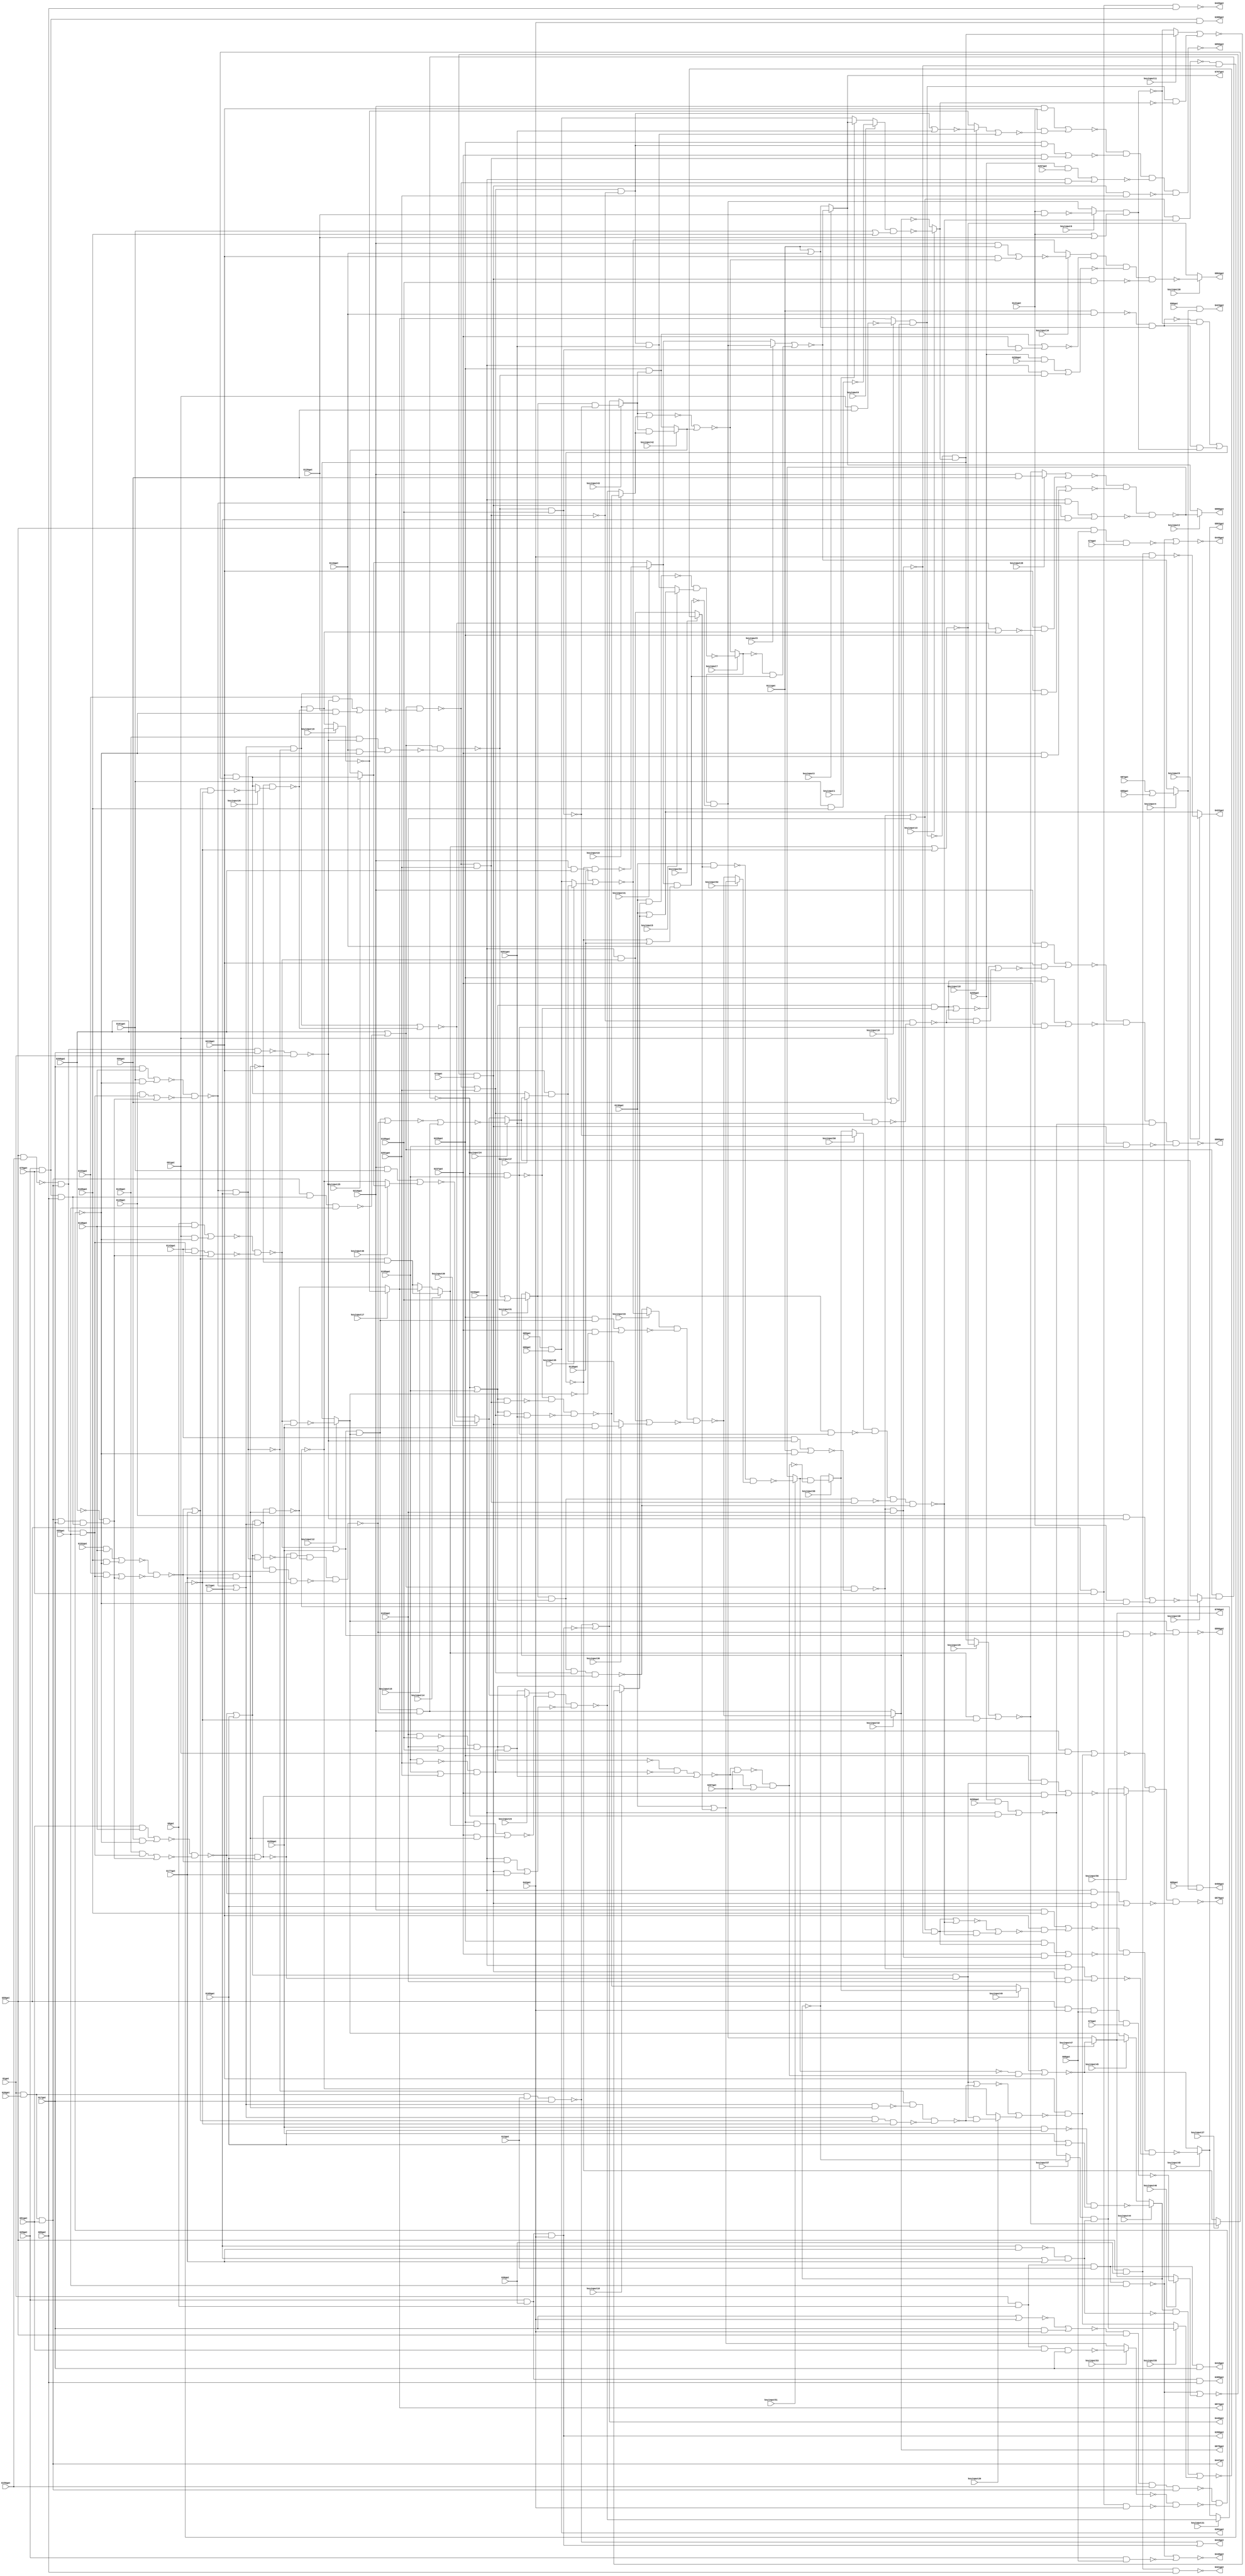
// This program was cloned from: https://github.com/matthewdelorenzo/CreativEval
// License: BSD 3-Clause "New" or "Revised" License

// Verilog File 
module top (G1gat,G8gat,G13gat,G17gat,G26gat,G29gat,G36gat,G42gat,G51gat,
G55gat,G59gat,G68gat,G72gat,G73gat,G74gat,G75gat,G80gat,G85gat,G86gat,
G87gat,G88gat,G89gat,G90gat,G91gat,G96gat,G101gat,G106gat,G111gat,G116gat,
G121gat,G126gat,G130gat,G135gat,G138gat,G143gat,G146gat,G149gat,G152gat,G153gat,
G156gat,G159gat,G165gat,G171gat,G177gat,G183gat,G189gat,G195gat,G201gat,G207gat,
G210gat,G219gat,G228gat,G237gat,G246gat,G255gat,G259gat,G260gat,G261gat,G267gat,
G268gat,G388gat,G389gat,G390gat,G391gat,G418gat,G419gat,G420gat,G421gat,G422gat,
G423gat,G446gat,G447gat,G448gat,G449gat,G450gat,G767gat,G768gat,G850gat,G863gat,
G864gat,G865gat,G866gat,G874gat,G878gat,G879gat,G880gat,keyinput0,keyinput1,keyinput2,
keyinput3,keyinput4,keyinput5,keyinput6,keyinput7,keyinput8,keyinput9,keyinput10,keyinput11,keyinput12,
keyinput13,keyinput14,keyinput15,keyinput16,keyinput17,keyinput18,keyinput19,keyinput20,keyinput21,keyinput22,
keyinput23,keyinput24,keyinput25,keyinput26,keyinput27,keyinput28,keyinput29,keyinput30,keyinput31,keyinput32,
keyinput33,keyinput34,keyinput35,keyinput36,keyinput37,keyinput38,keyinput39,keyinput40,keyinput41,keyinput42,
keyinput43,keyinput44,keyinput45,keyinput46,keyinput47,keyinput48,keyinput49,keyinput50,keyinput51,keyinput52,
keyinput53,keyinput54,keyinput55,keyinput56,keyinput57,keyinput58);

input G1gat,G8gat,G13gat,G17gat,G26gat,G29gat,G36gat,G42gat,G51gat,
G55gat,G59gat,G68gat,G72gat,G73gat,G74gat,G75gat,G80gat,G85gat,G86gat,
G87gat,G88gat,G89gat,G90gat,G91gat,G96gat,G101gat,G106gat,G111gat,G116gat,
G121gat,G126gat,G130gat,G135gat,G138gat,G143gat,G146gat,G149gat,G152gat,G153gat,
G156gat,G159gat,G165gat,G171gat,G177gat,G183gat,G189gat,G195gat,G201gat,G207gat,
G210gat,G219gat,G228gat,G237gat,G246gat,G255gat,G259gat,G260gat,G261gat,G267gat,
G268gat,keyinput0,keyinput1,keyinput2,keyinput3,keyinput4,keyinput5,keyinput6,keyinput7,keyinput8,
keyinput9,keyinput10,keyinput11,keyinput12,keyinput13,keyinput14,keyinput15,keyinput16,keyinput17,keyinput18,
keyinput19,keyinput20,keyinput21,keyinput22,keyinput23,keyinput24,keyinput25,keyinput26,keyinput27,keyinput28,
keyinput29,keyinput30,keyinput31,keyinput32,keyinput33,keyinput34,keyinput35,keyinput36,keyinput37,keyinput38,
keyinput39,keyinput40,keyinput41,keyinput42,keyinput43,keyinput44,keyinput45,keyinput46,keyinput47,keyinput48,
keyinput49,keyinput50,keyinput51,keyinput52,keyinput53,keyinput54,keyinput55,keyinput56,keyinput57,keyinput58;

output G388gat,G389gat,G390gat,G391gat,G418gat,G419gat,G420gat,G421gat,G422gat,
G423gat,G446gat,G447gat,G448gat,G449gat,G450gat,G767gat,G768gat,G850gat,G863gat,
G864gat,G865gat,G866gat,G874gat,G878gat,G879gat,G880gat;

wire G269gat,G270gat,G273gat,G276gat,G279gat,G280gat,G284gat,G285gat,G286gat,
G287gat,G290gat,G291gat,G292gat,G293gat,G294gat,G295gat,G296gat,G297gat,G298gat,
G301gat,G302gat,G303gat,G304gat,G305gat,G306gat,G307gat,G308gat,G309gat,G310gat,
G316gat,G317gat,G318gat,G319gat,G322gat,G323gat,G324gat,G325gat,G326gat,G327gat,
G328gat,G329gat,G330gat,G331gat,G332gat,G333gat,G334gat,G335gat,G336gat,G337gat,
G338gat,G339gat,G340gat,G341gat,G342gat,G343gat,G344gat,G345gat,G346gat,G347gat,
G348gat,G349gat,G350gat,G351gat,G352gat,G353gat,G354gat,G355gat,G356gat,G357gat,
G360gat,G363gat,G366gat,G369gat,G375gat,G376gat,G379gat,G382gat,G385gat,G392gat,
G393gat,G399gat,G400gat,G401gat,G402gat,G403gat,G404gat,G405gat,G406gat,G407gat,
G408gat,G409gat,G410gat,G411gat,G412gat,G413gat,G414gat,G415gat,G416gat,G417gat,
G424gat,G425gat,G426gat,G427gat,G432gat,G437gat,G442gat,G443gat,G444gat,G445gat,
G451gat,G460gat,G463gat,G466gat,G475gat,G476gat,G477gat,G478gat,G479gat,G480gat,
G481gat,G482gat,G483gat,G488gat,G489gat,G490gat,G491gat,G492gat,G495gat,G498gat,
G499gat,G500gat,G501gat,G502gat,G503gat,G504gat,G505gat,G506gat,G507gat,G508gat,
G509gat,G510gat,G511gat,G512gat,G513gat,G514gat,G515gat,G516gat,G517gat,G518gat,
G519gat,G520gat,G521gat,G522gat,G523gat,G524gat,G525gat,G526gat,G527gat,G528gat,
G529gat,G530gat,G533gat,G536gat,G537gat,G538gat,G539gat,G540gat,G541gat,G542gat,
G543gat,G544gat,G547gat,G550gat,G551gat,G552gat,G553gat,G557gat,G561gat,G565gat,
G569gat,G573gat,G577gat,G581gat,G585gat,G586gat,G587gat,G588gat,G589gat,G590gat,
G593gat,G596gat,G597gat,G600gat,G605gat,G606gat,G609gat,G615gat,G616gat,G619gat,
G624gat,G625gat,G628gat,G631gat,G632gat,G635gat,G640gat,G641gat,G644gat,G650gat,
G651gat,G654gat,G659gat,G660gat,G661gat,G662gat,G665gat,G669gat,G670gat,G673gat,
G677gat,G678gat,G682gat,G686gat,G687gat,G692gat,G696gat,G697gat,G700gat,G704gat,
G705gat,G708gat,G712gat,G713gat,G717gat,G721gat,G722gat,G727gat,G731gat,G732gat,
G733gat,G734gat,G735gat,G736gat,G737gat,G738gat,G739gat,G740gat,G741gat,G742gat,
G743gat,G744gat,G745gat,G746gat,G747gat,G748gat,G749gat,G750gat,G751gat,G752gat,
G753gat,G754gat,G755gat,G756gat,G757gat,G758gat,G759gat,G760gat,G761gat,G762gat,
G763gat,G764gat,G765gat,G766gat,G769gat,G770gat,G771gat,G772gat,G773gat,G777gat,
G778gat,G781gat,G782gat,G785gat,G786gat,G787gat,G788gat,G789gat,G790gat,G791gat,
G792gat,G793gat,G794gat,G795gat,G796gat,G802gat,G803gat,G804gat,G805gat,G806gat,
G807gat,G808gat,G809gat,G810gat,G811gat,G812gat,G813gat,G814gat,G815gat,G819gat,
G822gat,G825gat,G826gat,G827gat,G828gat,G829gat,G830gat,G831gat,G832gat,G833gat,
G834gat,G835gat,G836gat,G837gat,G838gat,G839gat,G840gat,G841gat,G842gat,G843gat,
G844gat,G845gat,G846gat,G847gat,G848gat,G849gat,G851gat,G852gat,G853gat,G854gat,
G855gat,G856gat,G857gat,G858gat,G859gat,G860gat,G861gat,G862gat,G867gat,G868gat,
G869gat,G870gat,G871gat,G872gat,G873gat,G875gat,G876gat,G877gat,muxed0,muxed1,
muxed2,muxed3,muxed4,muxed5,muxed6,muxed7,muxed8,muxed9,muxed10,muxed11,
muxed12,muxed13,muxed14,muxed15,muxed16,muxed17,muxed18,muxed19,muxed20,muxed21,
muxed22,muxed23,muxed24,muxed25,muxed26,muxed27,muxed28,muxed29,muxed30,muxed31,
muxed32,muxed33,muxed34,muxed35,muxed36,muxed37,muxed38,muxed39,muxed40,muxed41,
muxed42,muxed43,muxed44,muxed45,muxed46,muxed47,muxed48,muxed49,muxed50,muxed51,
muxed52,muxed53,muxed54,muxed55,muxed56,muxed57,muxed58;
nand gate_0(G269gat,G1gat,G8gat,G13gat,G17gat);
nand gate_1(G270gat,G1gat,G26gat,G13gat,G17gat);
and gate_2(G273gat,G29gat,G36gat,G42gat);
and gate_3(G276gat,G1gat,G26gat,G51gat);
nand gate_4(G279gat,G1gat,G8gat,G51gat,G17gat);
nand gate_5(G280gat,G1gat,G8gat,G13gat,G55gat);
nand gate_6(G284gat,G59gat,G42gat,G68gat,G72gat);
nand gate_7(G285gat,G29gat,G68gat);
nand gate_8(G286gat,G59gat,G68gat,G74gat);
and gate_9(G287gat,G29gat,G75gat,G80gat);
and gate_10(G290gat,G29gat,G75gat,G42gat);
and gate_11(G291gat,G29gat,G36gat,G80gat);
and gate_12(G292gat,G29gat,G36gat,G42gat);
and gate_13(G293gat,G59gat,G75gat,G80gat);
and gate_14(G294gat,G59gat,G75gat,G42gat);
and gate_15(G295gat,G59gat,G36gat,G80gat);
and gate_16(G296gat,G59gat,G36gat,G42gat);
and gate_17(G297gat,G85gat,G86gat);
or gate_18(G298gat,G87gat,G88gat);
nand gate_19(G301gat,G91gat,G96gat);
or gate_20(G302gat,G91gat,G96gat);
nand gate_21(G303gat,G101gat,G106gat);
or gate_22(G304gat,G101gat,G106gat);
nand gate_23(G305gat,G111gat,G116gat);
or gate_24(G306gat,G111gat,G116gat);
nand gate_25(G307gat,G121gat,G126gat);
or gate_26(G308gat,G121gat,G126gat);
and gate_27(G309gat,G8gat,G138gat);
not gate_28(G310gat,G268gat);
and gate_29(G316gat,G51gat,G138gat);
and gate_30(G317gat,G17gat,G138gat);
and gate_31(G318gat,G152gat,G138gat);
nand gate_32(G319gat,G59gat,G156gat);
nor gate_33(G322gat,G17gat,G42gat);
and gate_34(G323gat,G17gat,G42gat);
nand gate_35(G324gat,G159gat,G165gat);
or gate_36(G325gat,G159gat,G165gat);
nand gate_37(G326gat,G171gat,G177gat);
or gate_38(G327gat,G171gat,G177gat);
nand gate_39(G328gat,G183gat,G189gat);
or gate_40(G329gat,G183gat,G189gat);
nand gate_41(G330gat,G195gat,G201gat);
or gate_42(G331gat,G195gat,G201gat);
and gate_43(G332gat,G210gat,G91gat);
and gate_44(G333gat,G210gat,G96gat);
and gate_45(G334gat,G210gat,G101gat);
and gate_46(G335gat,G210gat,G106gat);
and gate_47(G336gat,G210gat,G111gat);
and gate_48(G337gat,G255gat,G259gat);
and gate_49(G338gat,G210gat,G116gat);
and gate_50(G339gat,G255gat,G260gat);
and gate_51(G340gat,G210gat,G121gat);
and gate_52(G341gat,G255gat,G267gat);
not gate_53(G342gat,G269gat);
not gate_54(G343gat,G273gat);
or gate_55(G344gat,G270gat,G273gat);
not gate_56(G345gat,G276gat);
not gate_57(G346gat,G276gat);
not gate_58(G347gat,muxed53);
nor gate_59(G348gat,G280gat,muxed46);
or gate_60(G349gat,G280gat,G285gat);
or gate_61(G350gat,G280gat,G286gat);
not gate_62(G351gat,G293gat);
not gate_63(G352gat,G294gat);
not gate_64(G353gat,G295gat);
not gate_65(G354gat,G296gat);
nand gate_66(G355gat,G89gat,muxed4);
and gate_67(G356gat,G90gat,muxed4);
nand gate_68(G357gat,muxed16,G302gat);
nand gate_69(G360gat,muxed0,G304gat);
nand gate_70(G363gat,G305gat,G306gat);
nand gate_71(G366gat,muxed6,G308gat);
not gate_72(G369gat,G310gat);
nor gate_73(G375gat,G322gat,G323gat);
nand gate_74(G376gat,G324gat,G325gat);
nand gate_75(G379gat,G326gat,G327gat);
nand gate_76(G382gat,G328gat,G329gat);
nand gate_77(G385gat,G330gat,G331gat);
buf gate_78(G388gat,G290gat);
buf gate_79(G389gat,G291gat);
buf gate_80(G390gat,G292gat);
buf gate_81(G391gat,G297gat);
or gate_82(G392gat,G270gat,G343gat);
not gate_83(G393gat,G345gat);
not gate_84(G399gat,G346gat);
and gate_85(G400gat,G348gat,G73gat);
not gate_86(G401gat,G349gat);
not gate_87(G402gat,G350gat);
not gate_88(G403gat,G355gat);
not gate_89(G404gat,G357gat);
not gate_90(G405gat,muxed13);
and gate_91(G406gat,G357gat,muxed13);
not gate_92(G407gat,G363gat);
not gate_93(G408gat,G366gat);
and gate_94(G409gat,G363gat,G366gat);
nand gate_95(G410gat,G347gat,G352gat);
not gate_96(G411gat,muxed44);
not gate_97(G412gat,G379gat);
and gate_98(G413gat,muxed44,G379gat);
not gate_99(G414gat,G382gat);
not gate_100(G415gat,G385gat);
and gate_101(G416gat,G382gat,G385gat);
and gate_102(G417gat,G210gat,G369gat);
buf gate_103(G418gat,G342gat);
buf gate_104(G419gat,G344gat);
buf gate_105(G420gat,G351gat);
buf gate_106(G421gat,G353gat);
buf gate_107(G422gat,muxed9);
buf gate_108(G423gat,G356gat);
not gate_109(G424gat,G400gat);
and gate_110(G425gat,G404gat,G405gat);
and gate_111(G426gat,G407gat,G408gat);
and gate_112(G427gat,G319gat,G393gat,G55gat);
and gate_113(G432gat,G393gat,G17gat,G287gat);
nand gate_114(G437gat,G393gat,G287gat,G55gat);
nand gate_115(G442gat,G375gat,G59gat,G156gat,G393gat);
nand gate_116(G443gat,G393gat,G319gat,G17gat);
and gate_117(G444gat,muxed57,G412gat);
and gate_118(G445gat,G414gat,G415gat);
buf gate_119(G446gat,G392gat);
buf gate_120(G447gat,G399gat);
buf gate_121(G448gat,G401gat);
buf gate_122(G449gat,G402gat);
buf gate_123(G450gat,G403gat);
not gate_124(G451gat,G424gat);
nor gate_125(G460gat,muxed11,G425gat);
nor gate_126(G463gat,G409gat,G426gat);
nand gate_127(G466gat,G442gat,G410gat);
and gate_128(G475gat,G143gat,G427gat);
and gate_129(G476gat,G310gat,G432gat);
and gate_130(G477gat,G146gat,G427gat);
and gate_131(G478gat,G310gat,G432gat);
and gate_132(G479gat,G149gat,G427gat);
and gate_133(G480gat,G310gat,G432gat);
and gate_134(G481gat,G153gat,G427gat);
and gate_135(G482gat,G310gat,G432gat);
nand gate_136(G483gat,G443gat,G1gat);
or gate_137(G488gat,G369gat,G437gat);
or gate_138(G489gat,G369gat,G437gat);
or gate_139(G490gat,G369gat,G437gat);
or gate_140(G491gat,G369gat,G437gat);
nor gate_141(G492gat,G413gat,muxed55);
nor gate_142(G495gat,G416gat,G445gat);
nand gate_143(G498gat,G130gat,muxed10);
or gate_144(G499gat,G130gat,muxed10);
nand gate_145(G500gat,G463gat,G135gat);
or gate_146(G501gat,G463gat,G135gat);
and gate_147(G502gat,G91gat,G466gat);
nor gate_148(G503gat,G475gat,G476gat);
and gate_149(G504gat,G96gat,G466gat);
nor gate_150(G505gat,G477gat,G478gat);
and gate_151(G506gat,G101gat,G466gat);
nor gate_152(G507gat,G479gat,G480gat);
and gate_153(G508gat,G106gat,G466gat);
nor gate_154(G509gat,G481gat,G482gat);
and gate_155(G510gat,G143gat,G483gat);
and gate_156(G511gat,G111gat,G466gat);
and gate_157(G512gat,G146gat,G483gat);
and gate_158(G513gat,G116gat,G466gat);
and gate_159(G514gat,G149gat,G483gat);
and gate_160(G515gat,G121gat,G466gat);
and gate_161(G516gat,G153gat,G483gat);
and gate_162(G517gat,G126gat,G466gat);
nand gate_163(G518gat,G130gat,muxed54);
or gate_164(G519gat,G130gat,muxed54);
nand gate_165(G520gat,G495gat,G207gat);
or gate_166(G521gat,G495gat,G207gat);
and gate_167(G522gat,G451gat,G159gat);
and gate_168(G523gat,G451gat,G165gat);
and gate_169(G524gat,G451gat,G171gat);
and gate_170(G525gat,G451gat,G177gat);
and gate_171(G526gat,G451gat,G183gat);
nand gate_172(G527gat,G451gat,G189gat);
nand gate_173(G528gat,G451gat,G195gat);
nand gate_174(G529gat,G451gat,G201gat);
nand gate_175(G530gat,G498gat,muxed8);
nand gate_176(G533gat,muxed41,G501gat);
nor gate_177(G536gat,G309gat,G502gat);
nor gate_178(G537gat,G316gat,G504gat);
nor gate_179(G538gat,G317gat,G506gat);
nor gate_180(G539gat,G318gat,G508gat);
nor gate_181(G540gat,G510gat,G511gat);
nor gate_182(G541gat,G512gat,G513gat);
nor gate_183(G542gat,G514gat,G515gat);
nor gate_184(G543gat,G516gat,G517gat);
nand gate_185(G544gat,G518gat,muxed52);
nand gate_186(G547gat,G520gat,G521gat);
not gate_187(G550gat,muxed7);
not gate_188(G551gat,G533gat);
and gate_189(G552gat,muxed7,G533gat);
nand gate_190(G553gat,G536gat,G503gat);
nand gate_191(G557gat,G537gat,G505gat);
nand gate_192(G561gat,G538gat,G507gat);
nand gate_193(G565gat,G539gat,G509gat);
nand gate_194(G569gat,G488gat,G540gat);
nand gate_195(G573gat,G489gat,G541gat);
nand gate_196(G577gat,G490gat,muxed38);
nand gate_197(G581gat,G491gat,G543gat);
not gate_198(G585gat,muxed51);
not gate_199(G586gat,G547gat);
and gate_200(G587gat,muxed51,G547gat);
and gate_201(G588gat,G550gat,G551gat);
and gate_202(G589gat,G585gat,G586gat);
nand gate_203(G590gat,G553gat,G159gat);
or gate_204(G593gat,G553gat,G159gat);
and gate_205(G596gat,G246gat,G553gat);
nand gate_206(G597gat,G557gat,G165gat);
or gate_207(G600gat,G557gat,G165gat);
and gate_208(G605gat,G246gat,G557gat);
nand gate_209(G606gat,G561gat,G171gat);
or gate_210(G609gat,G561gat,G171gat);
and gate_211(G615gat,G246gat,G561gat);
nand gate_212(G616gat,G565gat,G177gat);
or gate_213(G619gat,G565gat,G177gat);
and gate_214(G624gat,G246gat,G565gat);
nand gate_215(G625gat,G569gat,G183gat);
or gate_216(G628gat,G569gat,G183gat);
and gate_217(G631gat,G246gat,G569gat);
nand gate_218(G632gat,G573gat,G189gat);
or gate_219(G635gat,G573gat,G189gat);
and gate_220(G640gat,G246gat,G573gat);
nand gate_221(G641gat,G577gat,G195gat);
or gate_222(G644gat,G577gat,G195gat);
and gate_223(G650gat,G246gat,G577gat);
nand gate_224(G651gat,G581gat,G201gat);
or gate_225(G654gat,G581gat,G201gat);
and gate_226(G659gat,G246gat,G581gat);
nor gate_227(G660gat,muxed5,G588gat);
nor gate_228(G661gat,muxed49,G589gat);
not gate_229(G662gat,muxed12);
and gate_230(G665gat,G593gat,muxed12);
nor gate_231(G669gat,G596gat,muxed36);
not gate_232(G670gat,G597gat);
and gate_233(G673gat,G600gat,G597gat);
nor gate_234(G677gat,G605gat,G523gat);
not gate_235(G678gat,G606gat);
and gate_236(G682gat,G609gat,G606gat);
nor gate_237(G686gat,G615gat,G524gat);
not gate_238(G687gat,G616gat);
and gate_239(G692gat,G619gat,G616gat);
nor gate_240(G696gat,G624gat,G525gat);
not gate_241(G697gat,G625gat);
and gate_242(G700gat,G628gat,G625gat);
nor gate_243(G704gat,G631gat,G526gat);
not gate_244(G705gat,G632gat);
and gate_245(G708gat,muxed31,G632gat);
nor gate_246(G712gat,G337gat,G640gat);
not gate_247(G713gat,G641gat);
and gate_248(G717gat,G644gat,G641gat);
nor gate_249(G721gat,G339gat,G650gat);
not gate_250(G722gat,G651gat);
and gate_251(G727gat,G654gat,G651gat);
nor gate_252(G731gat,G341gat,G659gat);
nand gate_253(G732gat,G654gat,G261gat);
nand gate_254(G733gat,G644gat,G654gat,G261gat);
nand gate_255(G734gat,muxed31,G644gat,G654gat,G261gat);
not gate_256(G735gat,G662gat);
and gate_257(G736gat,G228gat,G665gat);
and gate_258(G737gat,G237gat,G662gat);
not gate_259(G738gat,G670gat);
and gate_260(G739gat,G228gat,G673gat);
and gate_261(G740gat,G237gat,G670gat);
not gate_262(G741gat,G678gat);
and gate_263(G742gat,G228gat,G682gat);
and gate_264(G743gat,G237gat,G678gat);
not gate_265(G744gat,G687gat);
and gate_266(G745gat,G228gat,muxed14);
and gate_267(G746gat,G237gat,G687gat);
not gate_268(G747gat,G697gat);
and gate_269(G748gat,G228gat,G700gat);
and gate_270(G749gat,G237gat,G697gat);
not gate_271(G750gat,G705gat);
and gate_272(G751gat,G228gat,muxed43);
and gate_273(G752gat,G237gat,G705gat);
not gate_274(G753gat,G713gat);
and gate_275(G754gat,G228gat,G717gat);
and gate_276(G755gat,G237gat,G713gat);
not gate_277(G756gat,G722gat);
nor gate_278(G757gat,G727gat,G261gat);
and gate_279(G758gat,G727gat,G261gat);
and gate_280(G759gat,G228gat,G727gat);
and gate_281(G760gat,G237gat,G722gat);
nand gate_282(G761gat,G644gat,G722gat);
nand gate_283(G762gat,muxed31,G713gat);
nand gate_284(G763gat,muxed31,G644gat,G722gat);
nand gate_285(G764gat,G609gat,G687gat);
nand gate_286(G765gat,G600gat,G678gat);
nand gate_287(G766gat,G600gat,G609gat,G687gat);
buf gate_288(G767gat,muxed3);
buf gate_289(G768gat,muxed47);
nor gate_290(G769gat,G736gat,G737gat);
nor gate_291(G770gat,G739gat,G740gat);
nor gate_292(G771gat,G742gat,G743gat);
nor gate_293(G772gat,G745gat,G746gat);
nand gate_294(G773gat,muxed50,G762gat,G763gat,G734gat);
nor gate_295(G777gat,G748gat,G749gat);
nand gate_296(G778gat,G753gat,G761gat,G733gat);
nor gate_297(G781gat,G751gat,G752gat);
nand gate_298(G782gat,G756gat,G732gat);
nor gate_299(G785gat,G754gat,G755gat);
nor gate_300(G786gat,muxed18,G758gat);
nor gate_301(G787gat,G759gat,G760gat);
nor gate_302(G788gat,G700gat,G773gat);
and gate_303(G789gat,G700gat,G773gat);
nor gate_304(G790gat,muxed43,muxed22);
and gate_305(G791gat,muxed43,muxed22);
nor gate_306(G792gat,G717gat,G782gat);
and gate_307(G793gat,G717gat,G782gat);
and gate_308(G794gat,G219gat,G786gat);
nand gate_309(G795gat,G628gat,G773gat);
nand gate_310(G796gat,G795gat,G747gat);
nor gate_311(G802gat,G788gat,G789gat);
nor gate_312(G803gat,G790gat,muxed42);
nor gate_313(G804gat,G792gat,G793gat);
nor gate_314(G805gat,G340gat,G794gat);
nor gate_315(G806gat,muxed14,G796gat);
and gate_316(G807gat,muxed14,G796gat);
and gate_317(G808gat,G219gat,G802gat);
and gate_318(G809gat,G219gat,G803gat);
and gate_319(G810gat,G219gat,G804gat);
nand gate_320(G811gat,G805gat,G787gat,G731gat,G529gat);
nand gate_321(G812gat,G619gat,G796gat);
nand gate_322(G813gat,G609gat,G619gat,G796gat);
nand gate_323(G814gat,G600gat,G609gat,G619gat,G796gat);
nand gate_324(G815gat,G738gat,G765gat,G766gat,G814gat);
nand gate_325(G819gat,G741gat,G764gat,G813gat);
nand gate_326(G822gat,G744gat,muxed26);
nor gate_327(G825gat,muxed29,G807gat);
nor gate_328(G826gat,G335gat,G808gat);
nor gate_329(G827gat,G336gat,G809gat);
nor gate_330(G828gat,G338gat,G810gat);
not gate_331(G829gat,G811gat);
nor gate_332(G830gat,G665gat,G815gat);
and gate_333(G831gat,G665gat,G815gat);
nor gate_334(G832gat,G673gat,G819gat);
and gate_335(G833gat,G673gat,G819gat);
nor gate_336(G834gat,G682gat,G822gat);
and gate_337(G835gat,G682gat,G822gat);
and gate_338(G836gat,G219gat,muxed27);
nand gate_339(G837gat,G826gat,G777gat,G704gat);
nand gate_340(G838gat,muxed34,G781gat,G712gat,G527gat);
nand gate_341(G839gat,G828gat,G785gat,G721gat,G528gat);
not gate_342(G840gat,G829gat);
nand gate_343(G841gat,G815gat,G593gat);
nor gate_344(G842gat,G830gat,G831gat);
nor gate_345(G843gat,G832gat,muxed20);
nor gate_346(G844gat,G834gat,G835gat);
nor gate_347(G845gat,G334gat,muxed40);
not gate_348(G846gat,muxed48);
not gate_349(G847gat,muxed30);
not gate_350(G848gat,G839gat);
and gate_351(G849gat,G735gat,G841gat);
buf gate_352(G850gat,G840gat);
and gate_353(G851gat,G219gat,muxed37);
and gate_354(G852gat,G219gat,G843gat);
and gate_355(G853gat,G219gat,G844gat);
nand gate_356(G854gat,muxed23,G772gat,G696gat);
not gate_357(G855gat,G846gat);
not gate_358(G856gat,G847gat);
not gate_359(G857gat,G848gat);
not gate_360(G858gat,G849gat);
nor gate_361(G859gat,G417gat,muxed35);
nor gate_362(G860gat,G332gat,G852gat);
nor gate_363(G861gat,muxed28,G853gat);
not gate_364(G862gat,muxed21);
buf gate_365(G863gat,G855gat);
buf gate_366(G864gat,G856gat);
buf gate_367(G865gat,G857gat);
buf gate_368(G866gat,G858gat);
nand gate_369(G867gat,muxed33,G769gat,G669gat);
nand gate_370(G868gat,G860gat,muxed56,G677gat);
nand gate_371(G869gat,G861gat,G771gat,G686gat);
not gate_372(G870gat,muxed19);
not gate_373(G871gat,muxed32);
not gate_374(G872gat,G868gat);
not gate_375(G873gat,G869gat);
buf gate_376(G874gat,muxed17);
not gate_377(G875gat,G871gat);
not gate_378(G876gat,G872gat);
not gate_379(G877gat,G873gat);
buf gate_380(G878gat,G875gat);
buf gate_381(G879gat,G876gat);
buf gate_382(G880gat,muxed2);
assign muxed0 = keyinput0 ? G303gat : muxed1;
assign muxed1 = keyinput1 ? G767gat : G297gat;
assign muxed2 = keyinput2 ? G877gat : G767gat;
assign muxed3 = keyinput3 ? G660gat : G306gat;
assign muxed4 = keyinput4 ? G298gat : G660gat;
assign muxed5 = keyinput5 ? G552gat : muxed41;
assign muxed6 = keyinput6 ? G307gat : G552gat;
assign muxed7 = keyinput7 ? G530gat : G803gat;
assign muxed8 = keyinput8 ? G499gat : G758gat;
assign muxed9 = keyinput9 ? G354gat : G499gat;
assign muxed10 = keyinput10 ? G460gat : G414gat;
assign muxed11 = keyinput11 ? G406gat : G366gat;
assign muxed12 = keyinput12 ? G590gat : G406gat;
assign muxed13 = keyinput13 ? G360gat : G871gat;
assign muxed14 = keyinput14 ? G692gat : muxed15;
assign muxed15 = keyinput15 ? G874gat : G692gat;
assign muxed16 = keyinput16 ? G301gat : G874gat;
assign muxed17 = keyinput17 ? G870gat : G766gat;
assign muxed18 = keyinput18 ? G757gat : G870gat;
assign muxed19 = keyinput19 ? G862gat : G835gat;
assign muxed20 = keyinput20 ? G833gat : G862gat;
assign muxed21 = keyinput21 ? G854gat : G855gat;
assign muxed22 = keyinput22 ? G778gat : G854gat;
assign muxed23 = keyinput23 ? muxed39 : G445gat;
assign muxed24 = keyinput24 ? G842gat : muxed39;
assign muxed25 = keyinput25 ? G836gat : muxed42;
assign muxed26 = keyinput26 ? G812gat : G836gat;
assign muxed27 = keyinput27 ? G825gat : G463gat;
assign muxed28 = keyinput28 ? G333gat : G825gat;
assign muxed29 = keyinput29 ? G806gat : G406gat;
assign muxed30 = keyinput30 ? G838gat : G806gat;
assign muxed31 = keyinput31 ? G635gat : muxed32;
assign muxed32 = keyinput32 ? G867gat : G831gat;
assign muxed33 = keyinput33 ? G859gat : G734gat;
assign muxed34 = keyinput34 ? G827gat : G859gat;
assign muxed35 = keyinput35 ? G851gat : G297gat;
assign muxed36 = keyinput36 ? G522gat : G851gat;
assign muxed37 = keyinput37 ? muxed24 : G836gat;
assign muxed38 = keyinput38 ? G542gat : muxed24;
assign muxed39 = keyinput39 ? G845gat : G834gat;
assign muxed40 = keyinput40 ? muxed25 : G862gat;
assign muxed41 = keyinput41 ? G500gat : muxed25;
assign muxed42 = keyinput42 ? G791gat : G751gat;
assign muxed43 = keyinput43 ? G708gat : G392gat;
assign muxed44 = keyinput44 ? G376gat : muxed45;
assign muxed45 = keyinput45 ? G768gat : G735gat;
assign muxed46 = keyinput46 ? G284gat : G768gat;
assign muxed47 = keyinput47 ? G661gat : G552gat;
assign muxed48 = keyinput48 ? G837gat : G661gat;
assign muxed49 = keyinput49 ? muxed58 : G778gat;
assign muxed50 = keyinput50 ? G750gat : muxed58;
assign muxed51 = keyinput51 ? G544gat : G869gat;
assign muxed52 = keyinput52 ? G519gat : G867gat;
assign muxed53 = keyinput53 ? G279gat : G519gat;
assign muxed54 = keyinput54 ? G492gat : G596gat;
assign muxed55 = keyinput55 ? G444gat : G852gat;
assign muxed56 = keyinput56 ? G770gat : G444gat;
assign muxed57 = keyinput57 ? G411gat : G721gat;
assign muxed58 = keyinput58 ? G587gat : G411gat;
endmodule